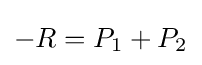
-R=P_{1}+P_{2}